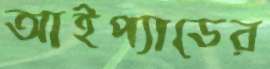
আইপ্যাডের